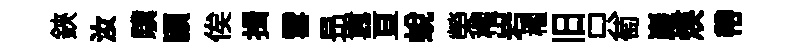
鋏汝驥頴俟揖雪昻囂亘蛻榮櫂岩櫂旧只萄巖煐帶